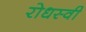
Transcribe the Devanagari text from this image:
रोधस्वी